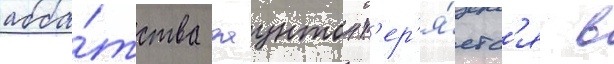
абба́тства даунтон т'ер'я́етс'я в